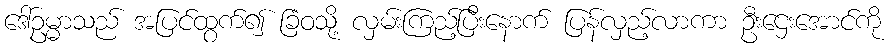
ဒေါ်ဥမ္မာသည် အပြင်ထွက်၍ ခြံဝသို့ လှမ်းကြည့်ပြီးနောက် ပြန်လှည့်လာကာ ဦးဌေးအောင်ကို